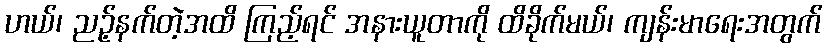
ဟယ်၊ ညဉ့်နက်တဲ့အထိ ကြည့်ရင် အနားယူတာကို ထိခိုက်မယ်၊ ကျန်းမာရေးအတွက်